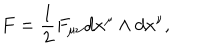
F = { \frac { 1 } { 2 } } F _ { \mu \nu } d x ^ { \mu } \wedge d x ^ { \nu } ,